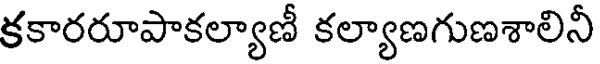
కకారరూపాకల్యాణీ కల్యాణగుణశాలినీ